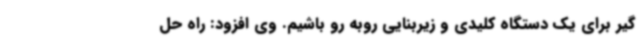
گیر برای یک دستگاه کلیدی و زیربنایی روبه رو باشیم. وی افزود: راه حل